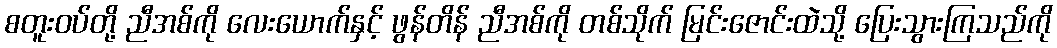
စတူးဝပ်တို့ ညီအစ်ကို လေးယောက်နှင့် ဖွန်တိန် ညီအစ်ကို တစ်သိုက် မြင်းဇောင်းထဲသို့ ပြေးသွားကြသည်ကို